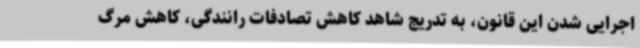
اجرایی شدن این قانون، به تدریج شاهد کاهش تصادفات رانندگی، کاهش مرگ